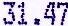
31.47